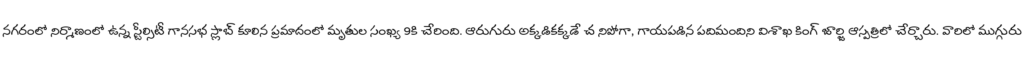
నగరంలో నిర్మాణంలో ఉన్న స్టీల్సిటీ గానసభ స్లాబ్ కూలిన ప్రమాదంలో మృతుల సంఖ్య 9కి చేరింది. ఆరుగురు అక్కడికక్కడే చ నిపోగా, గాయపడిన పదిమందిని విశాఖ కింగ్ జార్జి ఆస్పత్రిలో చేర్చారు. వారిలో ముగ్గురు